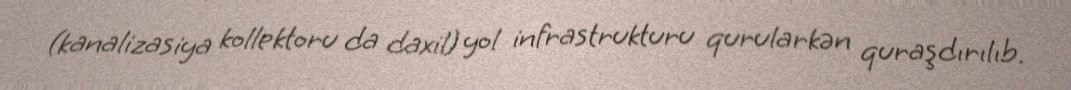
(kanalizasiya kollektoru da daxil) yol infrastrukturu qurularkən quraşdırılıb.